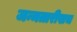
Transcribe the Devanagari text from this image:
जन्मतारीखच